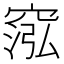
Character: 𥦷